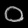
Digit: ၀